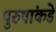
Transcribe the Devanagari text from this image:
पुरुषांकडे